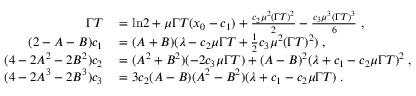
\begin{array} { r l } { \Gamma T } & { { } = \ln \! 2 + \mu \Gamma T ( x _ { 0 } - c _ { 1 } ) + \frac { c _ { 2 } \mu ^ { 2 } ( \Gamma T ) ^ { 2 } } { 2 } - \frac { c _ { 3 } \mu ^ { 3 } ( \Gamma T ) ^ { 3 } } { 6 } \; , } \\ { ( 2 - A - B ) c _ { 1 } } & { { } = ( A + B ) ( \lambda - c _ { 2 } \mu \Gamma T + \frac { 1 } { 2 } c _ { 3 } \mu ^ { 2 } ( \Gamma T ) ^ { 2 } ) \; , } \\ { ( 4 - 2 A ^ { 2 } - 2 B ^ { 2 } ) c _ { 2 } } & { { } = ( A ^ { 2 } + B ^ { 2 } ) ( - 2 c _ { 3 } \mu \Gamma T ) + ( A - B ) ^ { 2 } ( \lambda + c _ { 1 } - c _ { 2 } \mu \Gamma T ) ^ { 2 } \; , } \\ { ( 4 - 2 A ^ { 3 } - 2 B ^ { 3 } ) c _ { 3 } } & { { } = 3 c _ { 2 } ( A - B ) ( A ^ { 2 } - B ^ { 2 } ) ( \lambda + c _ { 1 } - c _ { 2 } \mu \Gamma T ) \; . } \end{array}